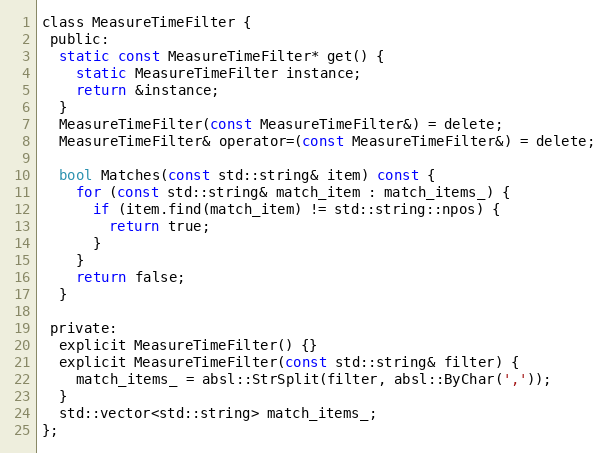
Language: C
class MeasureTimeFilter {
 public:
  static const MeasureTimeFilter* get() {
    static MeasureTimeFilter instance;
    return &instance;
  }
  MeasureTimeFilter(const MeasureTimeFilter&) = delete;
  MeasureTimeFilter& operator=(const MeasureTimeFilter&) = delete;

  bool Matches(const std::string& item) const {
    for (const std::string& match_item : match_items_) {
      if (item.find(match_item) != std::string::npos) {
        return true;
      }
    }
    return false;
  }

 private:
  explicit MeasureTimeFilter() {}
  explicit MeasureTimeFilter(const std::string& filter) {
    match_items_ = absl::StrSplit(filter, absl::ByChar(','));
  }
  std::vector<std::string> match_items_;
};